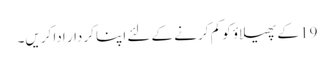
19 کے پھیلاؤ کو کم کرنے کے لئے اپنا کردار ادا کریں۔